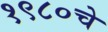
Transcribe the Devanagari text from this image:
१९८०चे